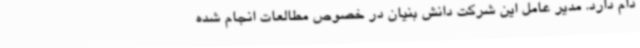
دام دارد. مدیر عامل این شرکت دانش بنیان در خصوص مطالعات انجام شده